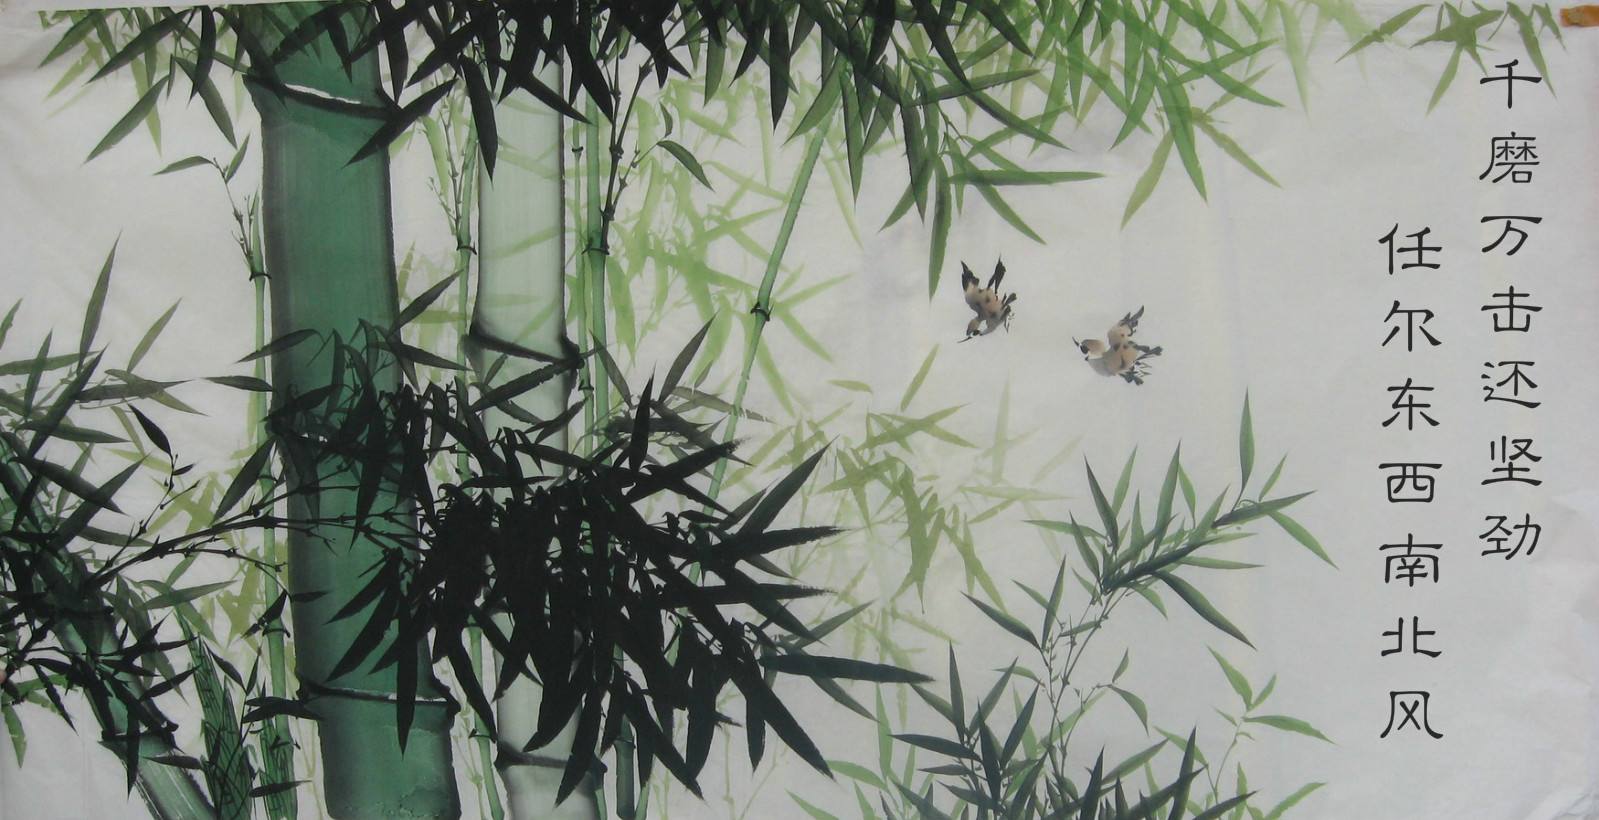
千磨万击还坚劲，任尔东西南北风。